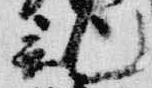
記